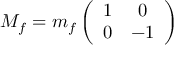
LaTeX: M _ { f } = m _ { f } \left( \begin{array} { c c } { { 1 } } & { { 0 } } \\ { { 0 } } & { { - 1 } } \end{array} \right)